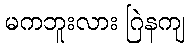
မကဘူးလား ဂြဲနကျ